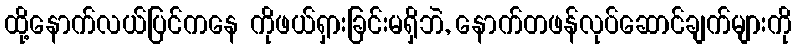
ထို့နောက်လယ်ပြင်ကနေ ကိုဖယ်ရှားခြင်းမရှိဘဲ, နောက်တဖန်လုပ်ဆောင်ချက်များကို